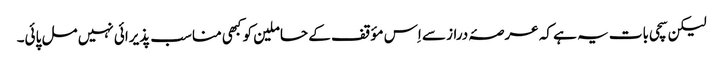
لیکن سچی بات یہ ہے کہ عرصۂ دراز سے اِس مؤقف کے حاملین کو کبھی مناسب پذیرائی نہیں مل پائی۔